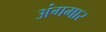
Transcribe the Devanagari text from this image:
अंगमार